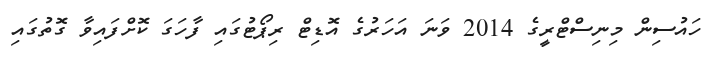
ހައުސިން މިނިސްޓްރީގެ 2014 ވަނަ އަހަރުގެ އޮޑިޓް ރިޕޯޓުގައި ފާހަގަ ކޮށްފައިވާ ގޮތުގައި